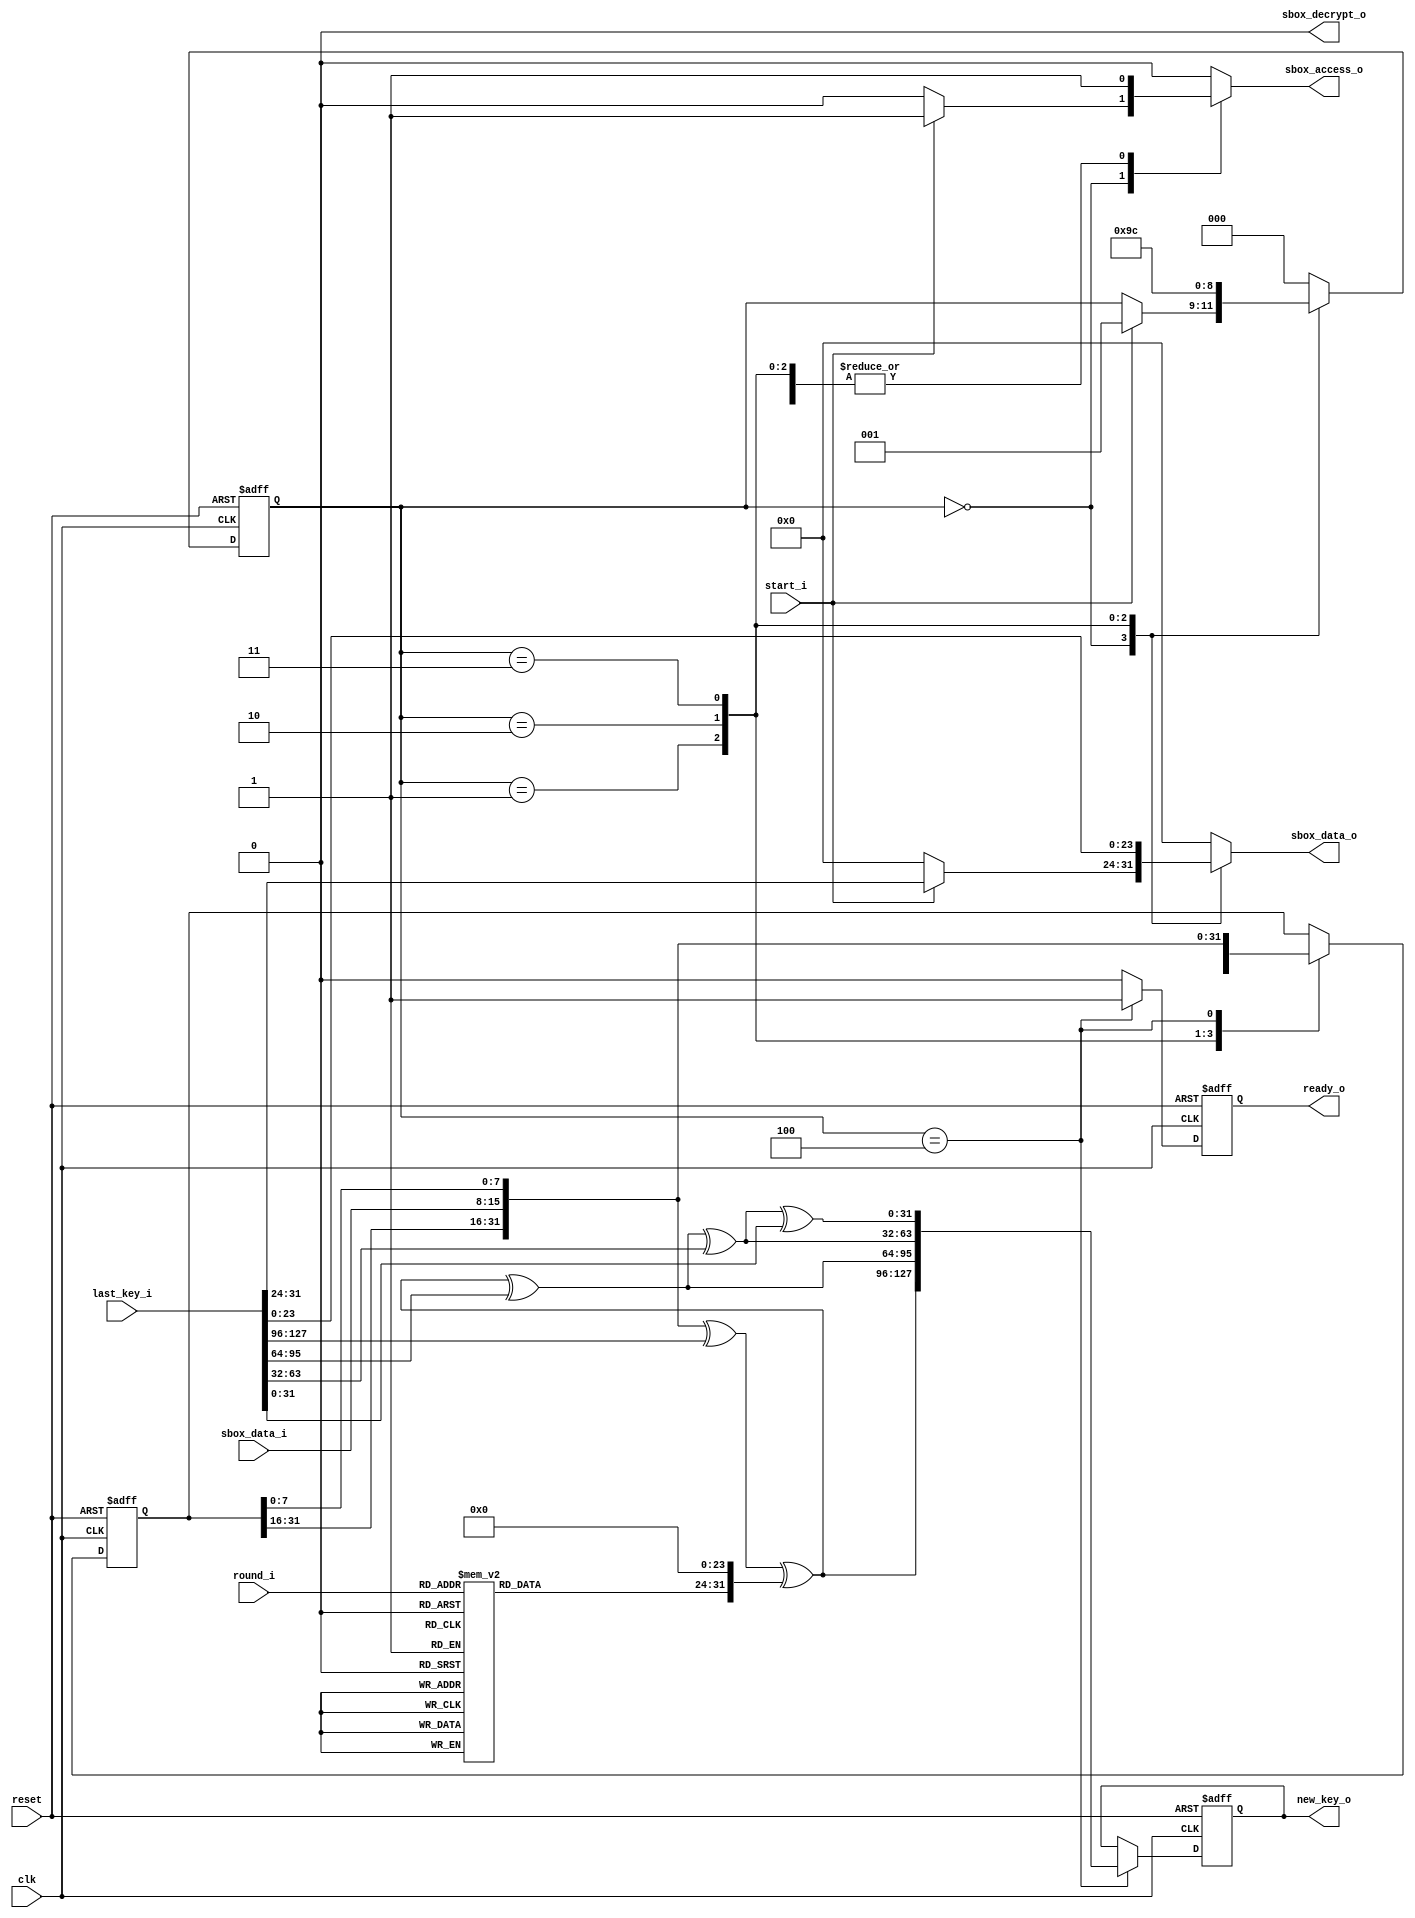
/**
* AES key schedule module
* Given from teaching material
*/
module ARS_keysched (
    clk,
    reset,
    start_i,
    round_i,
    last_key_i,
    new_key_o,
    ready_o,
    sbox_access_o,
    sbox_data_o,
    sbox_data_i,
    sbox_decrypt_o
);

  input clk;
  input reset;
  input start_i;
  input [3:0] round_i;
  input [127:0] last_key_i;
  output [127:0] new_key_o;
  output ready_o;
  output sbox_access_o;
  output [7:0] sbox_data_o;
  input [7:0] sbox_data_i;
  output sbox_decrypt_o;

  reg [127:0] new_key_o;
  reg ready_o;
  reg sbox_access_o;
  reg [7:0] sbox_data_o;
  reg sbox_decrypt_o;

  reg [2:0] next_state;
  reg [2:0] state;
  reg [7:0] rcon_o;
  reg [31:0] next_col;
  reg [31:0] col;
  reg [127:0] key_reg;
  reg [127:0] next_key_reg;
  reg next_ready_o;


  //rcon
  always @(round_i) begin

    case (round_i)

      1: begin
        rcon_o = (1);
      end
      2: begin
        rcon_o = (2);
      end
      3: begin
        rcon_o = (4);
      end
      4: begin
        rcon_o = (8);
      end
      5: begin
        rcon_o = ('h10);
      end
      6: begin
        rcon_o = ('h20);
      end
      7: begin
        rcon_o = ('h40);
      end
      8: begin
        rcon_o = ('h80);
      end
      9: begin
        rcon_o = ('h1B);
      end
      10: begin
        rcon_o = ('h36);
      end
      default: begin
        rcon_o = (0);
      end
    endcase

  end


  always @(posedge clk or negedge reset) begin

    if (!reset) begin

      state = (0);
      col = (0);
      key_reg = (0);
      ready_o = (0);

    end else begin

      state = (next_state);
      col = (next_col);
      key_reg = (next_key_reg);
      ready_o = (next_ready_o);

    end

  end


  //generate_key
  reg [127:0] K_var, W_var;
  reg [31:0] col_t;
  reg [23:0] zero;

  always @(start_i or last_key_i or sbox_data_i or state or rcon_o or col or key_reg) begin

    zero = 0;

    col_t = col;
    W_var = 0;

    next_state = (state);
    next_col = (col);

    next_ready_o = (0);
    next_key_reg = (key_reg);
    new_key_o = (key_reg);

    sbox_decrypt_o = (0);
    sbox_access_o = (0);
    sbox_data_o = (0);
    K_var = last_key_i;

    case (state)
      0: begin
        if (start_i) begin

          col_t = 0;
          sbox_access_o = (1);
          sbox_data_o = (K_var[31:24]);
          next_state = (1);

        end
      end

      1: begin

        sbox_access_o = (1);
        sbox_data_o = (K_var[23:16]);
        col_t[7:0] = sbox_data_i;
        next_col = (col_t);
        next_state = (2);

      end

      2: begin

        sbox_access_o = (1);
        sbox_data_o = (K_var[15:8]);
        col_t[31:24] = sbox_data_i;
        next_col = (col_t);
        next_state = (3);

      end

      3: begin

        sbox_access_o = (1);
        sbox_data_o = (K_var[7:0]);
        col_t[23:16] = sbox_data_i;
        next_col = (col_t);
        next_state = (4);

      end

      4: begin

        sbox_access_o = (1);
        col_t[15:8] = sbox_data_i;
        next_col = (col_t);
        W_var[127:96] = col_t ^ K_var[127:96] ^ {rcon_o, zero};
        W_var[95:64] = W_var[127:96] ^ K_var[95:64];
        W_var[63:32] = W_var[95:64] ^ K_var[63:32];
        W_var[31:0] = W_var[63:32] ^ K_var[31:0];
        next_ready_o = (1);
        next_key_reg = (W_var);
        next_state = (0);

      end

      default: begin

        next_state = (0);

      end

    endcase

  end

endmodule